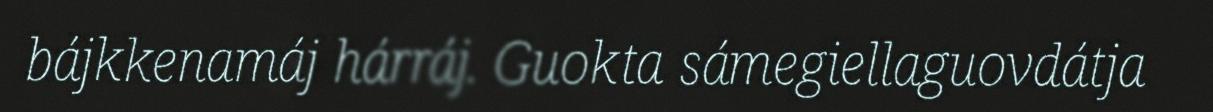
bájkkenamáj hárráj. Guokta sámegiellaguovdátja